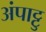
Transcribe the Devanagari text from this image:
अंपाट्टु